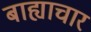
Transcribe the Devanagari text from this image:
बाह्याचार